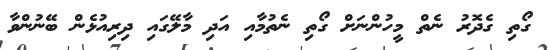
ގޯތި ގެދޮރު ނެތް މީހުންނަށް ގޯތި ނެތުމާއި އަދި މާލޭގައި ދިރިއުޅެން ބޭނުންވާ